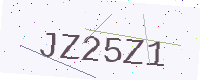
Text: JZ25Z1